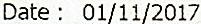
DATE : 01/11/2017